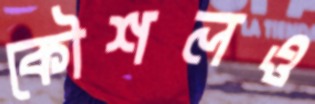
কৌশলও